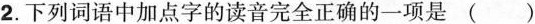
2.下列词语中加点字的读音完全正确的一项是（）